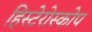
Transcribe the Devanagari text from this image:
हिस्टेरोस्कोप